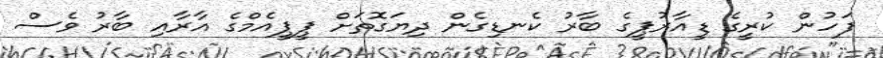
ފަހުން ކުރީގެ ޑީއާރުޕީގެ ބާރު ކެނޑިގެން ދިޔަގޮތަށް ޕީޕީއެމްގެ އާރާއި ބާރު ވެސް